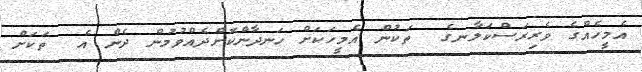
އެމީހެއްގެ ވެރިރަސްކަލާނގެ  ތަކުން އެމީހަކަށް ހަނދާންކޮށްދެއްވުމުން ދެން އެ  ތަކަށް